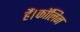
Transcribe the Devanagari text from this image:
हैं।कॉलिन